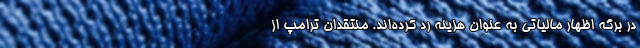
در برگه اظهار مالیاتی به عنوان هزینه رد کرده‌اند. منتقدان ترامپ از